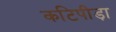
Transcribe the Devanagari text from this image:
कटिपीड़ा